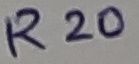
Text: R20